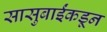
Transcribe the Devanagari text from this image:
सासुबाईंकडून